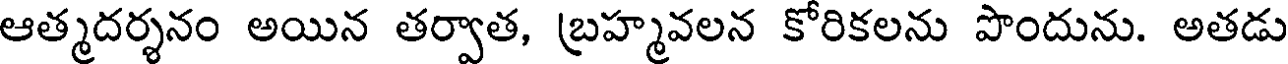
ఆత్మదర్శనం అయిన తర్వాత, బ్రహ్మవలన కోరికలను పొందును. అతడు